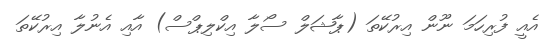
އެއީ ފުރިހަމަ ނޫން އިރުކޭތަ (ޕާޝަލް ސޯލާ އިކްލިޕްސް) އާއި އެނުލާ އިރުކޭތަ